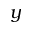
y